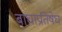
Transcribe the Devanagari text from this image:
बाघाप्रतिषेघ